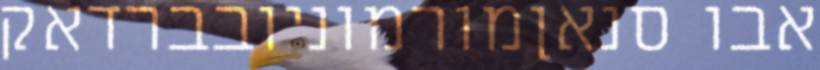
אבו סנאןמורמוניובברדאק